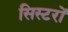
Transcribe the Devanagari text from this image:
सिस्टरों